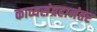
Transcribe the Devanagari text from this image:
काव्यसंग्रहानंतर